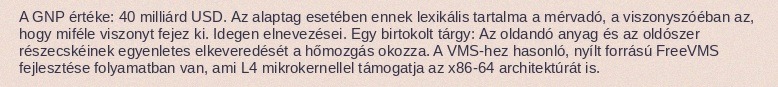
A GNP értéke: 40 milliárd USD. Az alaptag esetében ennek lexikális tartalma a mérvadó, a viszonyszóéban az, hogy miféle viszonyt fejez ki. Idegen elnevezései. Egy birtokolt tárgy: Az oldandó anyag és az oldószer részecskéinek egyenletes elkeveredését a hőmozgás okozza. A VMS-hez hasonló, nyílt forrású FreeVMS fejlesztése folyamatban van, ami L4 mikrokernellel támogatja az x86-64 architektúrát is.